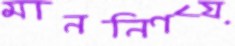
মাননির্ণয়